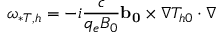
\omega _ { * T , h } = - i \frac { c } { q _ { e } B _ { 0 } } \mathbf { b _ { 0 } } \times \nabla T _ { h 0 } \cdot \nabla